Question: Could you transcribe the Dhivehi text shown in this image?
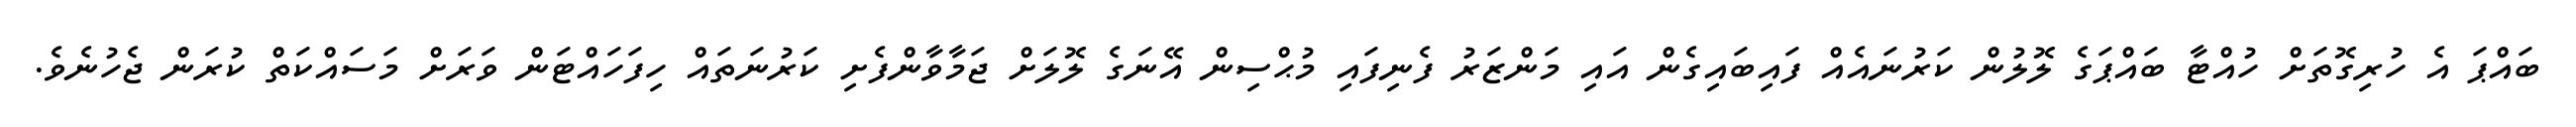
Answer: ބައްޕަ އެ ހުރިގޮތަށް ހުއްޓާ ބައްޕަގެ ލޮލުން ކަރުނައެއް ފައިބައިގެން އައި މަންޒަރު ފެނިފައި މުޙްސިން އޭނަގެ ލޮލަށް ޖަމާވާންފެށި ކަރުނަތައް ހިފަހައްޓަން ވަރަށް މަސައްކަތް ކުރަން ޖެހުނެވެ.